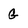
Character: G